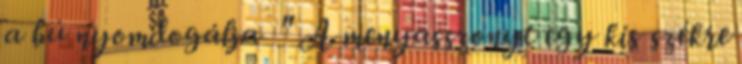
a bú nyomdogálja " A menyasszonyt egy kis székre